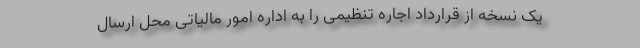
یک نسخه از قرارداد اجاره تنظیمی را به اداره امور مالیاتی محل ارسال